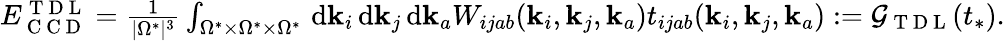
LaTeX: \begin{array}{r}{E_{\mathrm{~C~C~D~}}^{\mathrm{~T~D~L~}}=\frac{1}{|\Omega^{*}|^{3}}\int_{\Omega^{*}\times\Omega^{*}\times\Omega^{*}}\, \mathrm{d}\mathbf{k}_{i}\, \mathrm{d}\mathbf{k}_{j}\, \mathrm{d}\mathbf{k}_{a}W_{ijab}(\mathbf{k}_{i},\mathbf{k}_{j},\mathbf{k}_{a})t_{ijab}(\mathbf{k}_{i},\mathbf{k}_{j},\mathbf{k}_{a}):=\mathcal{G}_{\mathrm{~T~D~L~}}(t_{*}).}\end{array}